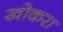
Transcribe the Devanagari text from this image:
खोकरा